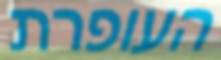
העופרת